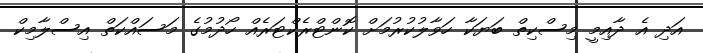
އަދި އެ ދާއިމީ މިސްކިތް ބަޔަކާ ހަވާލުކުރުމަށް ކޮންޓްރެކްޓަރެއް ހޯދުމުގެ މަސައްކަތް އިސްލާމިކް